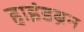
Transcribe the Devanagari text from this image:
हाइंडब्रेन